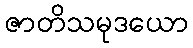
ဇာတိသမုဒယော